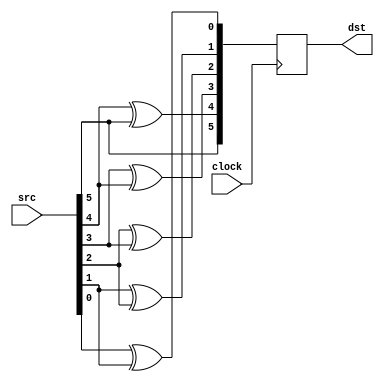
/*-------------------------------------------------------------------------------*\
	FILE:			gray_enc_1p.v
	AUTHOR:			Xudong Chen
	CREATED BY:		Xudong Chen
	$Id$
	ABSTRACT:		behavioral code for gray encoding module, with 1-clock pipeline
	
	KEYWORDS:		gray, encode, 1-clock pipeline 
	MODIFICATION HISTORY:
	$Log$
		Xudong 		18/6/20			original version
		Xudong		18/6/21			rectify, gray encode not right
\*-------------------------------------------------------------------------------*/
module gray_enc_1p
#(
parameter	WIDTH = 6			// 
)
(
input		wire					clock,	// 
input		wire	[WIDTH-1:0]		src,	// 
output		reg		[WIDTH-1:0]		dst		// 
);

// 
integer	p;
reg		[WIDTH-1:0]	dst_x;
always @(*)
begin
	dst_x[WIDTH-1] = src[WIDTH-1];		// g[N-1] = b[N-1]
	for(p=WIDTH-2; p>=0; p=p-1)
	begin
		dst_x[p] = src[p]^src[p+1];		// g[n] = b[n]^b[n+1]	, 0 <= n <= N-2
	end
end

// 
always @(posedge clock)
	dst <= dst_x;

endmodule